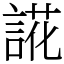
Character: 誮